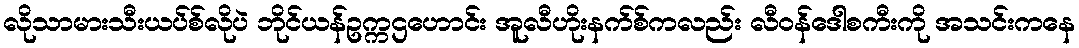
လိုသာမားသီးယပ်စ်လိုပဲ ဘိုင်ယန်ဥက္ကဌဟောင်း အူလီဟိုးနက်စ်ကလည်း လီဝန်ဒေါစကီးကို အသင်းကနေ